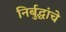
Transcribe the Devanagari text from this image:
निर्बुद्धांचे